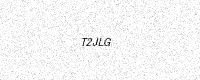
Text: T2JLG